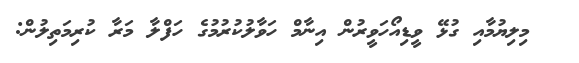
މިލިޔުމާއި ގުޅޭ ވީޑިއޯހަވީރުން އިނާމް ހަވާލުކުރުމުގެ ހަފްލާ މަރާ ކުރިމަތިލުން: